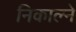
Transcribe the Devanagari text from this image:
निकाल्ने